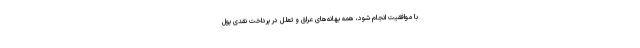
با موافقیت انجام شود، همه بهانه‌های عراق و تعلل در پرداخت نقدی پول